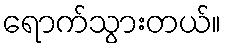
ရောက်သွားတယ်။